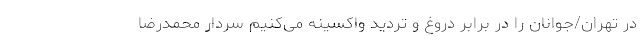
در تهران/جوانان را در برابر دروغ و تردید واکسینه می‌کنیم سردار محمدرضا